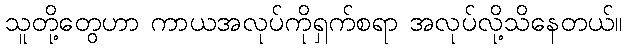
သူတို့တွေဟာ ကာယအလုပ်ကိုရှက်စရာ အလုပ်လို့သိနေတယ်။